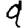
Digit: 9